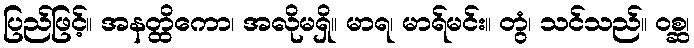
ပြည်ဖြင့်။ အနတ္ထိကော၊ အလိုမရှိ။ မာရ၊ မာရ်မင်း။ တွံ၊ သင်သည်။ ဝစ္ဆ၊